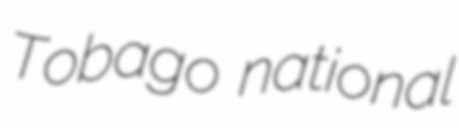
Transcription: Tobago national